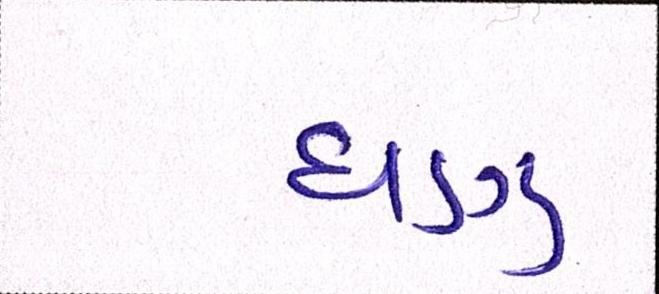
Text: ઘણુ